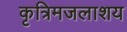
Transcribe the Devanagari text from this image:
कृत्रिमजलाशय